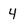
Character: 4